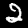
Label: 2